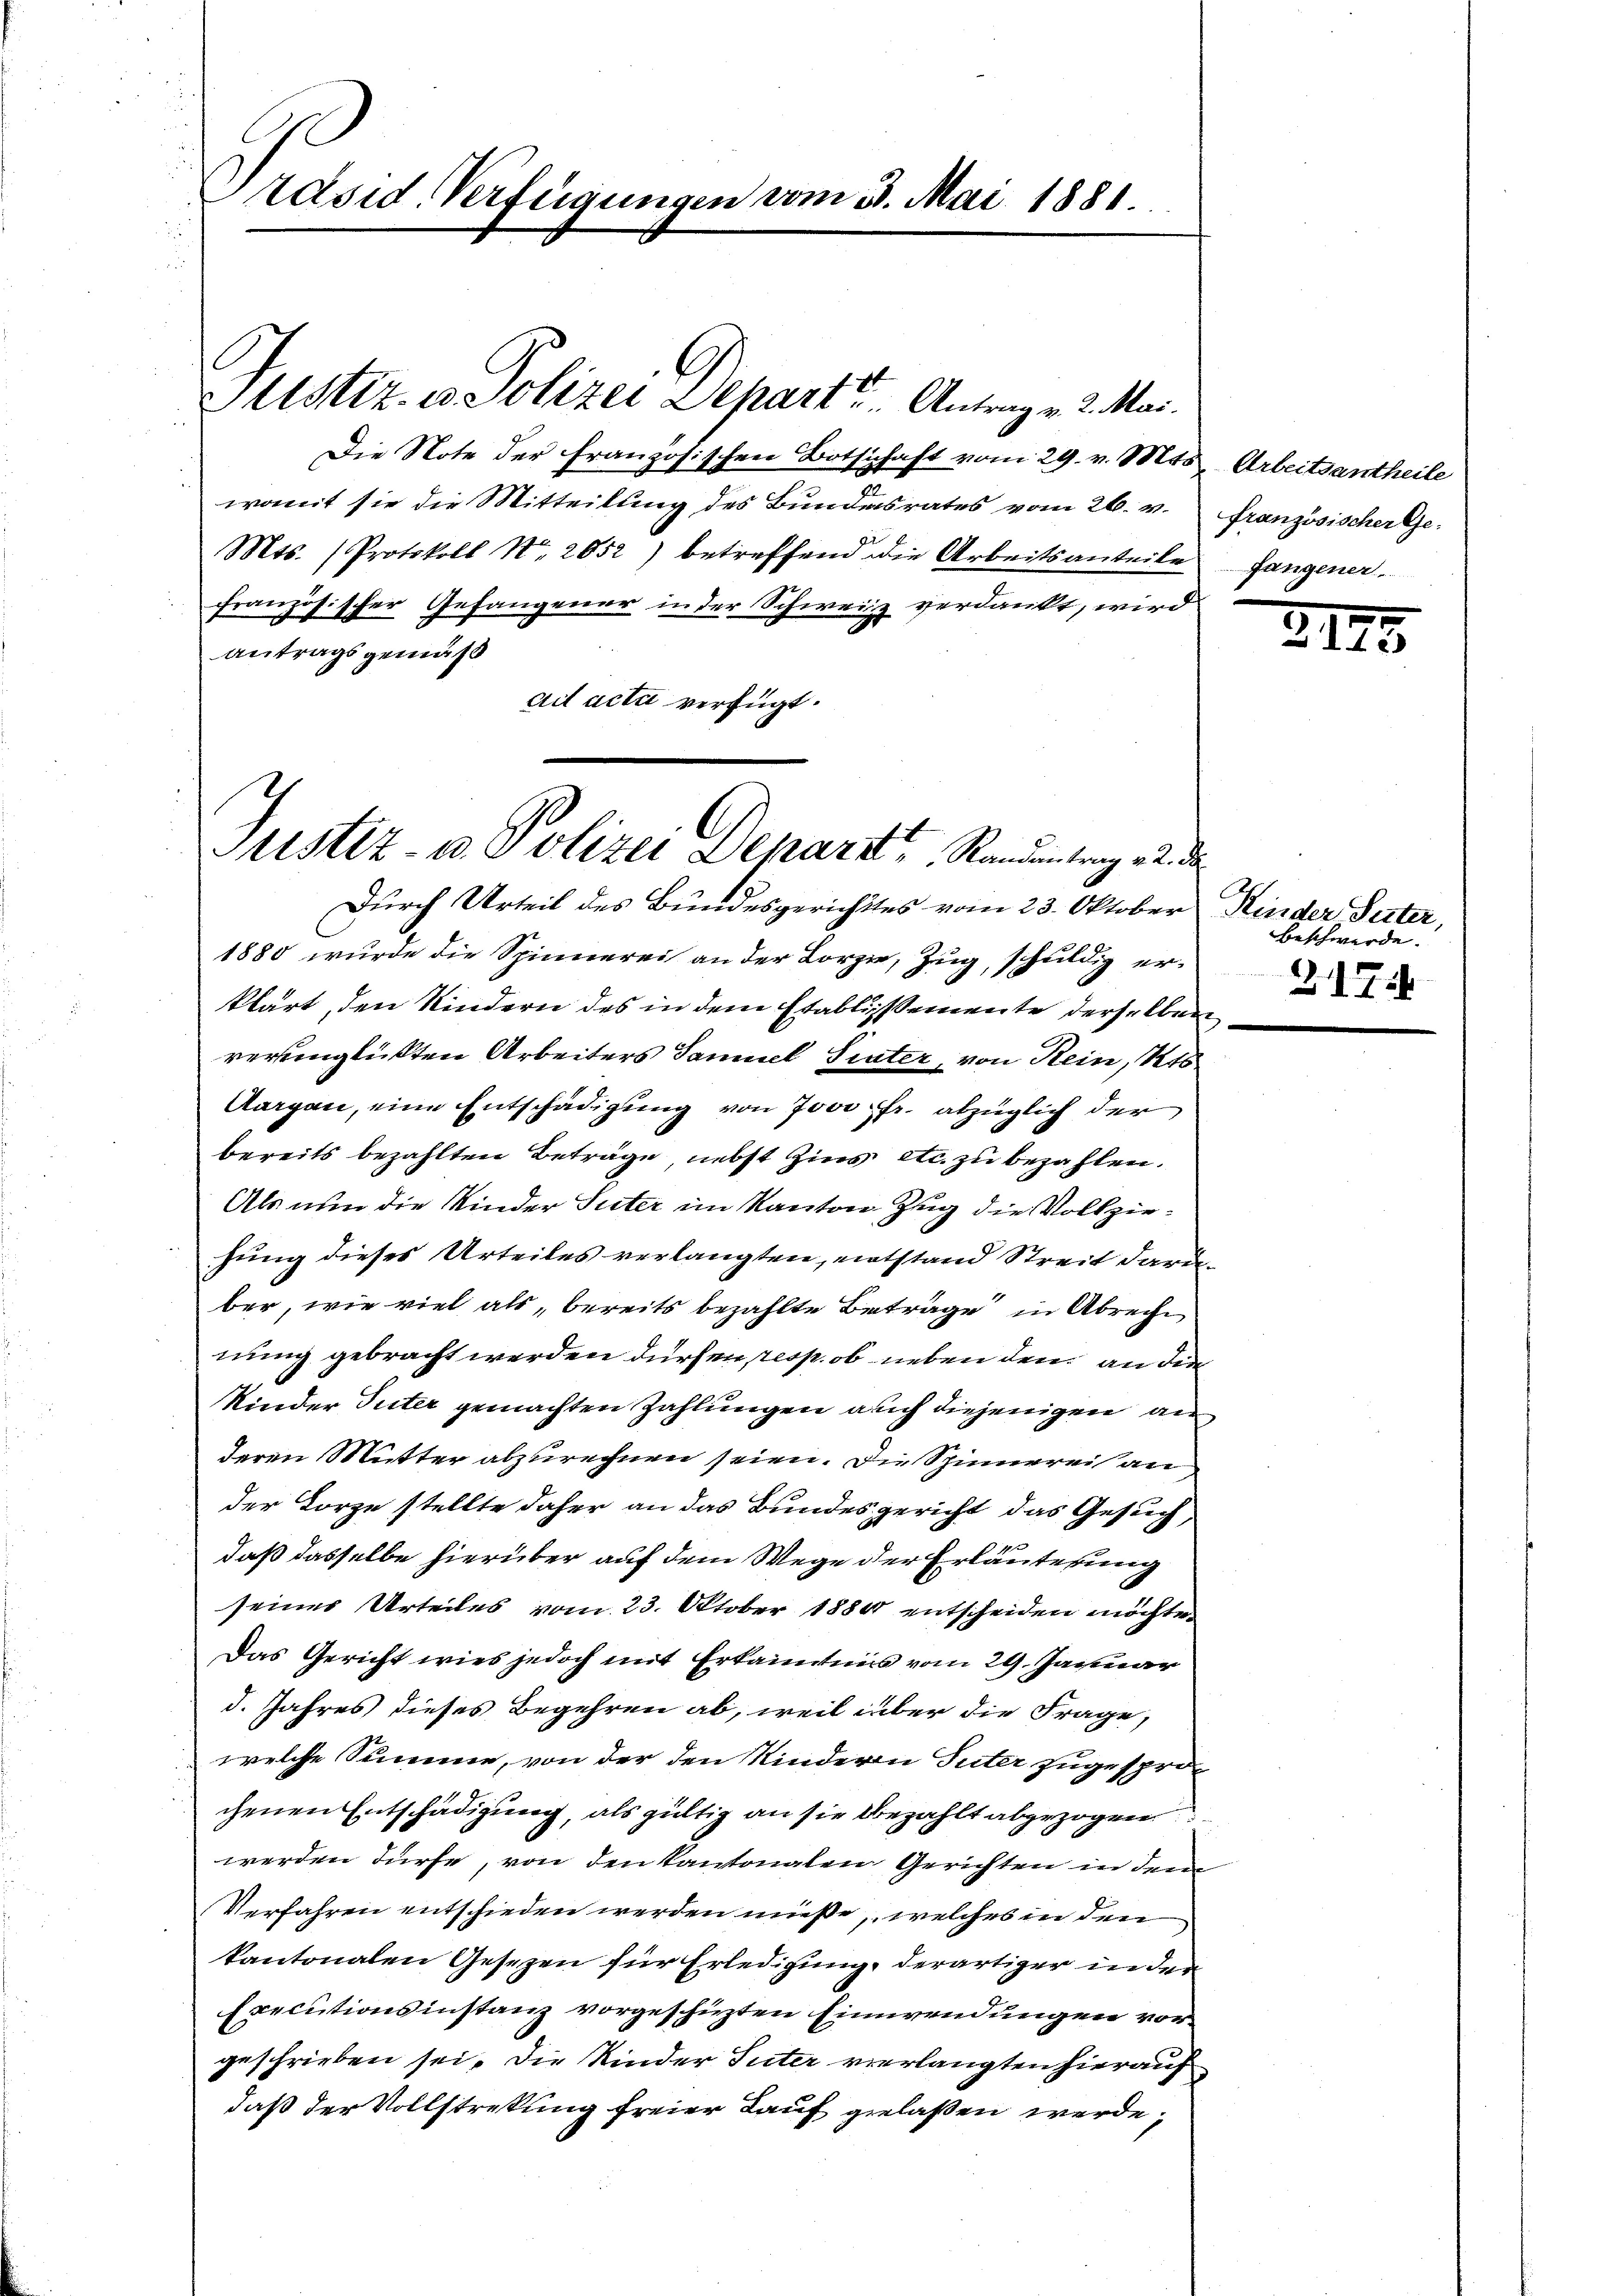
Präsid. Verfügungen vom 30. Mai 1881.

Puster. v. Polizei Departs Antrag v. 2. Mai.
Die Note der Französischen Botschaft vom 29. v. Mts. Arbeitsantheile
womit sie die Mitteilung des Bundesrates vom 26. v. französischer Ge-
f
Mts. (Protokoll No. 2052) betreffend die Arbeitsanteile fangener
französischer Gefangener in der Schweiz verdankt, wird
Antragsgemäß
ad acta verfügt:

Justiz- & Polizei Depart Randentrag 12. de

Durch Urteil des Bundesgerichtes vom 23. Oktober Kinder Peter,
1880 wurde die Spinnerei an der Lorze, Zug, schuldig erklärt, den Kindern des in dem Etablissemente derselben
veringlickten Arbeiters Samuel Sinter, von Rein, Kts
Aargau, eine Entschädigung von Jove Fr. abzüglich der
bereits bezahlten Beträge, nebst Zins etc. zu bezahlen.
Als nun die Kinder Suter im Kanton Zug die Vollziehung dieses Urteiles verlangten, entstand Streit darüber, wie viel als bereits bezahlte Betrage in Abreche
nung gebracht werden dürfen, resp. ob neben den an die
Kinder Suter gemachten Zahlungen auch diejenigen an
deren Mutter abzurechnen seien. Die Spinnerei an
der Lorze stellte daher an das Bundesgericht das Gesuch,
daß dasselbe hierüber auf dem Wege der Erläuterung
seines Urteiles vom 23. Oktober 1880 entscheiden möchte.
Das Gericht wies jedoch mit Erkanntnis vom 29. Januar
d. Jahres dieses Begehren ab, weil über die Frage,
welche Summe, von der den Kindern Suter zugesprochenen Entschädigung, als gültig an sie bezahlt abgezogen
werden dürfe, von den kantonalen Gerichten in dem
Verfahren entschieden werden müße, welches in den
kantonalen Gesezen für Erledigung, derartiger in der
Executionsinstanz vorgeschichten Einwendungen vorgeschrieben sei. Die Kinder Suter verlangten hierauf
daß der Vollstreckung freier Lauf gelaßen werde,

21

beschwerde.
21756

3